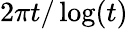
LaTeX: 2{\pi}t/\log(t)